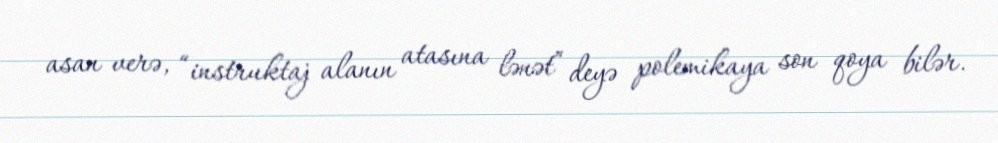
asan verə, “instruktaj alanın atasına lənət” deyə polemikaya son qoya bilər.